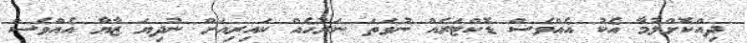
ދިއްކޮށްލުމާ އެކު އެއްވެސް ޑޮކްޓަރެއް ނުވަތަ ނަރުހެއް ކައިރިއަށް ނުދިޔަ ޒާޔާ އެއްވެސް